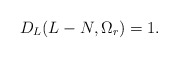
\begin{align*}D_{L}(L-N,\Omega_{r}) = 1.\end{align*}